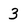
Character: 3